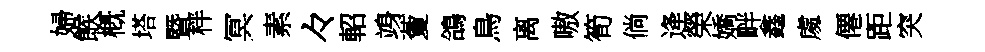
婦餱槪塔暨柈冥素々軺竧藑鴿鳥离嗷筍倘逄榮嬌畔鑫䖏僊距突